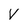
Character: V